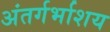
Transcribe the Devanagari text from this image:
अंतर्गर्भाशय